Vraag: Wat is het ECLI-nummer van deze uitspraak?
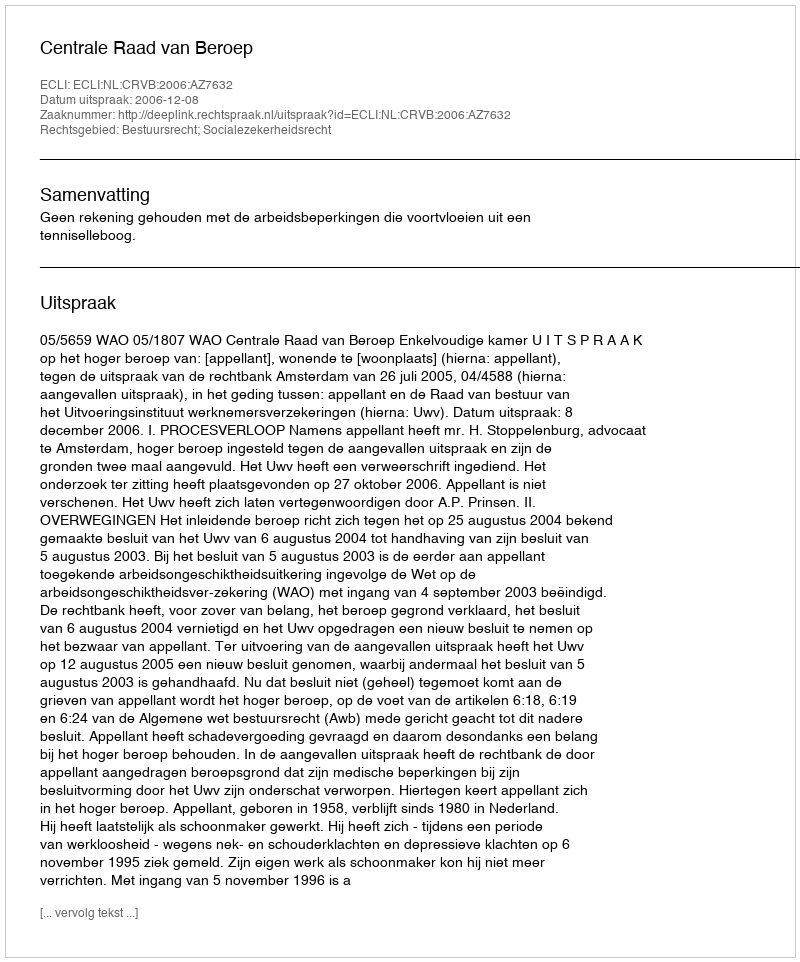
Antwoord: ECLI:NL:CRVB:2006:AZ7632